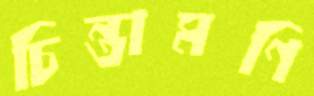
চিন্তামণি